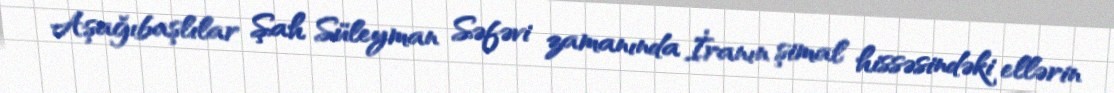
Aşağıbaşlılar Şah Süleyman Səfəvi zamanında İranın şimal hissəsindəki ellərin